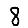
Digit: 8